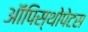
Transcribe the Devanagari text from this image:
ऑपिस्थोपेटस